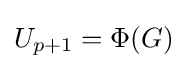
U_{p+1}=\Phi (G)